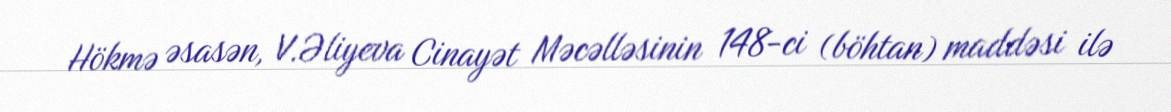
Hökmə əsasən, V.Əliyeva Cinayət Məcəlləsinin 148-ci (böhtan) maddəsi ilə